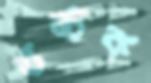
তঙ্চক